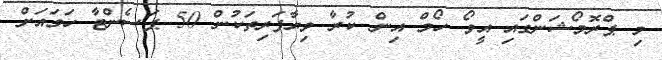
މި ޕްރޮމޯޝަންގައި އީވޯ ހޯމް އިން ކުރާ ވިޔާފަރިތަކުން 50 ޕަސެންޓާ ހަމައަށް